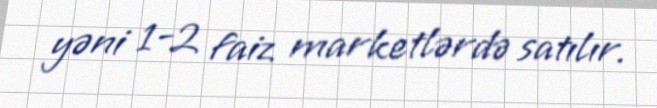
yəni 1-2 faiz marketlərdə satılır.